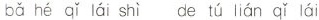
bǎ hé qǐ lái shì 6 de tú lián qǐ lái